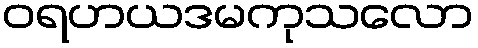
ဝရဟယဒမကုသလော